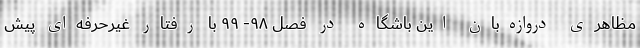
مظاهری دروازه‌بان این باشگاه در فصل ۹۸- ۹۹ با رفتار غیرحرفه‌ای پیش